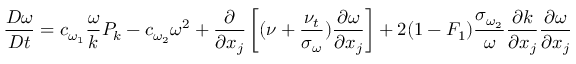
{ \frac { D \omega } { D t } } = c _ { \omega _ { 1 } } { \frac { \omega } { k } } P _ { k } - c _ { \omega _ { 2 } } \omega ^ { 2 } + { \frac { \partial } { \partial x _ { j } } } \left[ ( \nu + { \frac { \nu _ { t } } { \sigma _ { \omega } } } ) { \frac { \partial \omega } { \partial x _ { j } } } \right] + 2 ( 1 - F _ { 1 } ) { \frac { \sigma _ { \omega _ { 2 } } } { \omega } } { \frac { \partial k } { \partial x _ { j } } } { \frac { \partial \omega } { \partial x _ { j } } }